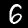
Digit: 6